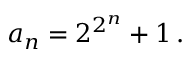
a _ { n } = 2 ^ { 2 ^ { n } } + 1 \, .